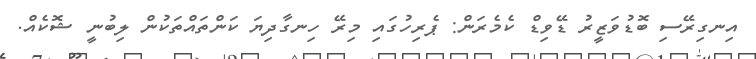
އިނގިރޭސި ބޮޑުވަޒީރު ޑޭވިޑް ކެމެރަން: ޕެރިހުގައި މިރޭ ހިނގާދިޔަ ކަންތައްތަކުން ލިބުނީ ޝޮކެއް.